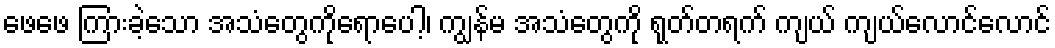
ဖေဖေ ကြားခဲ့သော အသံတွေကိုရောပေါ့၊ ကျွန်မ အသံတွေကို ရုတ်တရက် ကျယ် ကျယ်လောင်လောင်